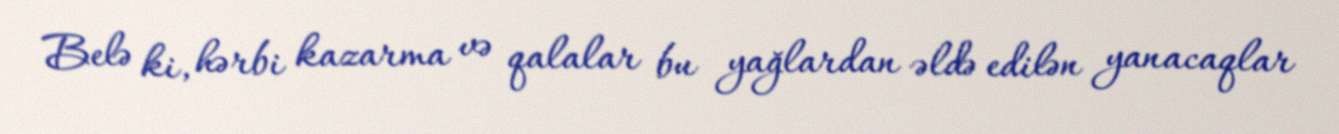
Belə ki, hərbi kazarma və qalalar bu yağlardan əldə edilən yanacaqlar